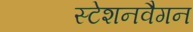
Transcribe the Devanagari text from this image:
स्टेशनवैगन